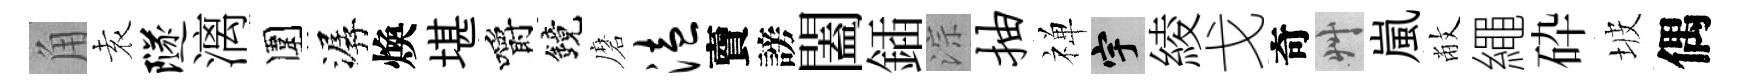
角𡊮隧漓圍潺煥堪嚼鏡磨溘𧶠謗闔鍤淙抽禅宇綾戈奇艸嵐敝繩砕坡偶